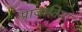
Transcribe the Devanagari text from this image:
प्राजातियां